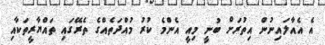
އެ އެއާލައިނުން އިތުރަށް ބުނީ މިއީ އެންމެ ކުރު މުއްދަތެއްގެ ތެރޭގައި ތައްޔާރީތަކާއި